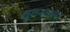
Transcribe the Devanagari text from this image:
थूथनवाला